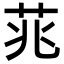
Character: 𮎮